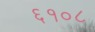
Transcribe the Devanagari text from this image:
६१०८